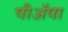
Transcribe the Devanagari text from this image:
पीअॅपा